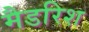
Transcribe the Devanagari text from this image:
मैडरिश